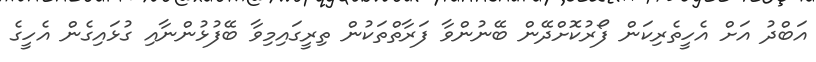
އަބްދު އަށް އެހީތެރިކަން ފޯރުކޮށްދޭން ބޭނުންވާ ފަރާތްތަކުން ތިރީގައިމިވާ ބޭފުޅުންނާއި ގުޅައިގެން އެހީގެ